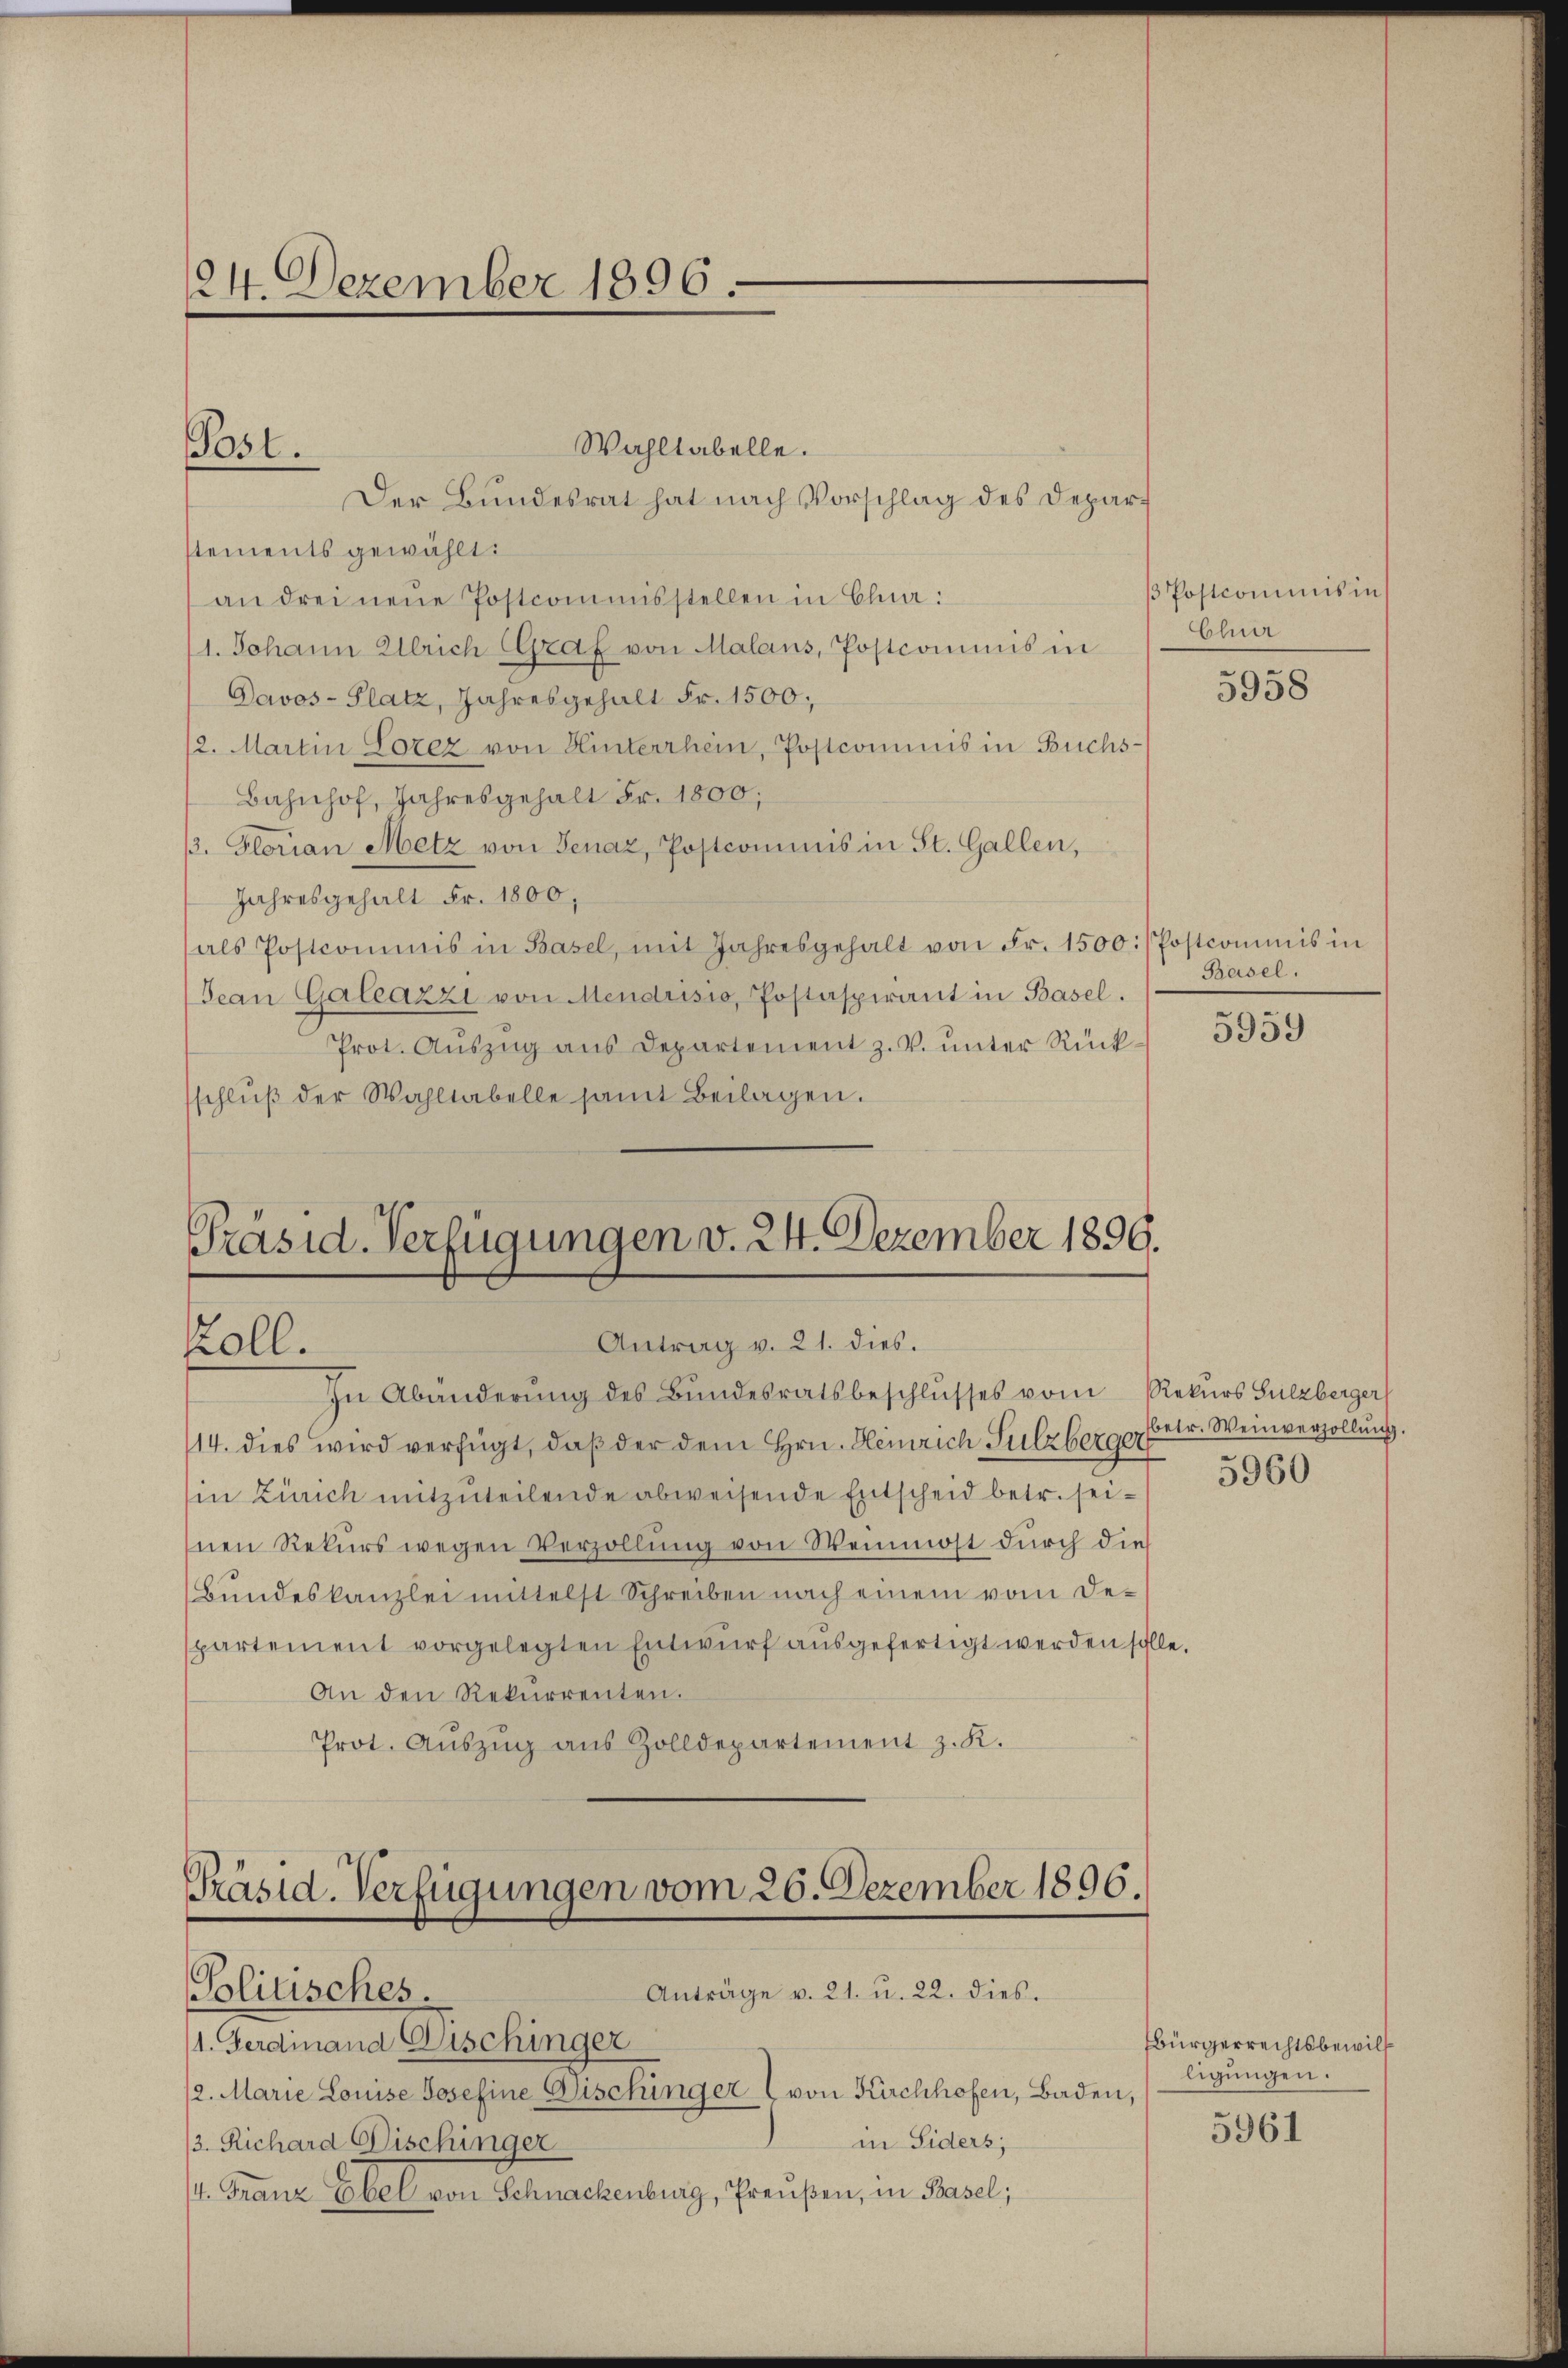
124. Dezember 1896.

Post.

Wahltabelle.
Der Bundesrat hat nach Vorschlag des Deparstements gewählt:
an drei neue Postcommisstellen in Ehna:
1. Johann Ullrich Graf von Malans, Postcommis in
Davos- Platz, Jahresgehalt Fr. 1500;
2. Martin Sorez von Hinterrhein, Postcommis in Buchs-
Bahnhof, Jahresgehalt Fr. 1800;
. Florian Metz von Genaz, Postcommis in St. Gallen,
Jahresgehalt Fr. 1800,
als Postcommis in Basel, mit Jahresgehalt von Fr. 1500:/ Postcommis in
Jean Galeazzi von Mendrisio, Postaspirant in Basel.
Prot. Aŭszŭg ans Departement z. V. ŭnter Rück-
schlŭβ der Wahltabelle samt Beilagen.

Präsid. Verfügungen v. 24. Dezember 1899.
Antrag v. 21. dies.
Zoll.
In Abänderung des Bundesratsbeschlusses vom Rekurs Sulzberger

14. dies wird verfügt, daß der dem Hrn. Heinrich Sulzberger
in Zürich mitzuteilende abweisende Entscheid betr. seinen Rekurs wegen Verzollung von Weinmost durch die
Bundeskanzlei mittelst Schreiben nach einem vom Departement vorgelegten Entwurf ausgefertigt werden solle.
An den Rekurrenten.
Prot. Aŭszŭg aŭs Zolldepartement z. K.

Präsid. Verfügungen vom 26. Dezember 1896.
Anträge v. 21. u. 22. dies
Politisches.

1. Ferdinand Gschinger
2. Marie Louise Josefine Bischinger von Kirchhofen, Baden,
in Siders,
/3. Richard Dischinger
/4. Franz Ebel von Schnackenburg, Preußen, in Basel;

Postcommis in
Chur

5958

Basel.

5959

betr. Weinverzollung.

5960

Bürgerrechtsbewill
ligungen.

5961